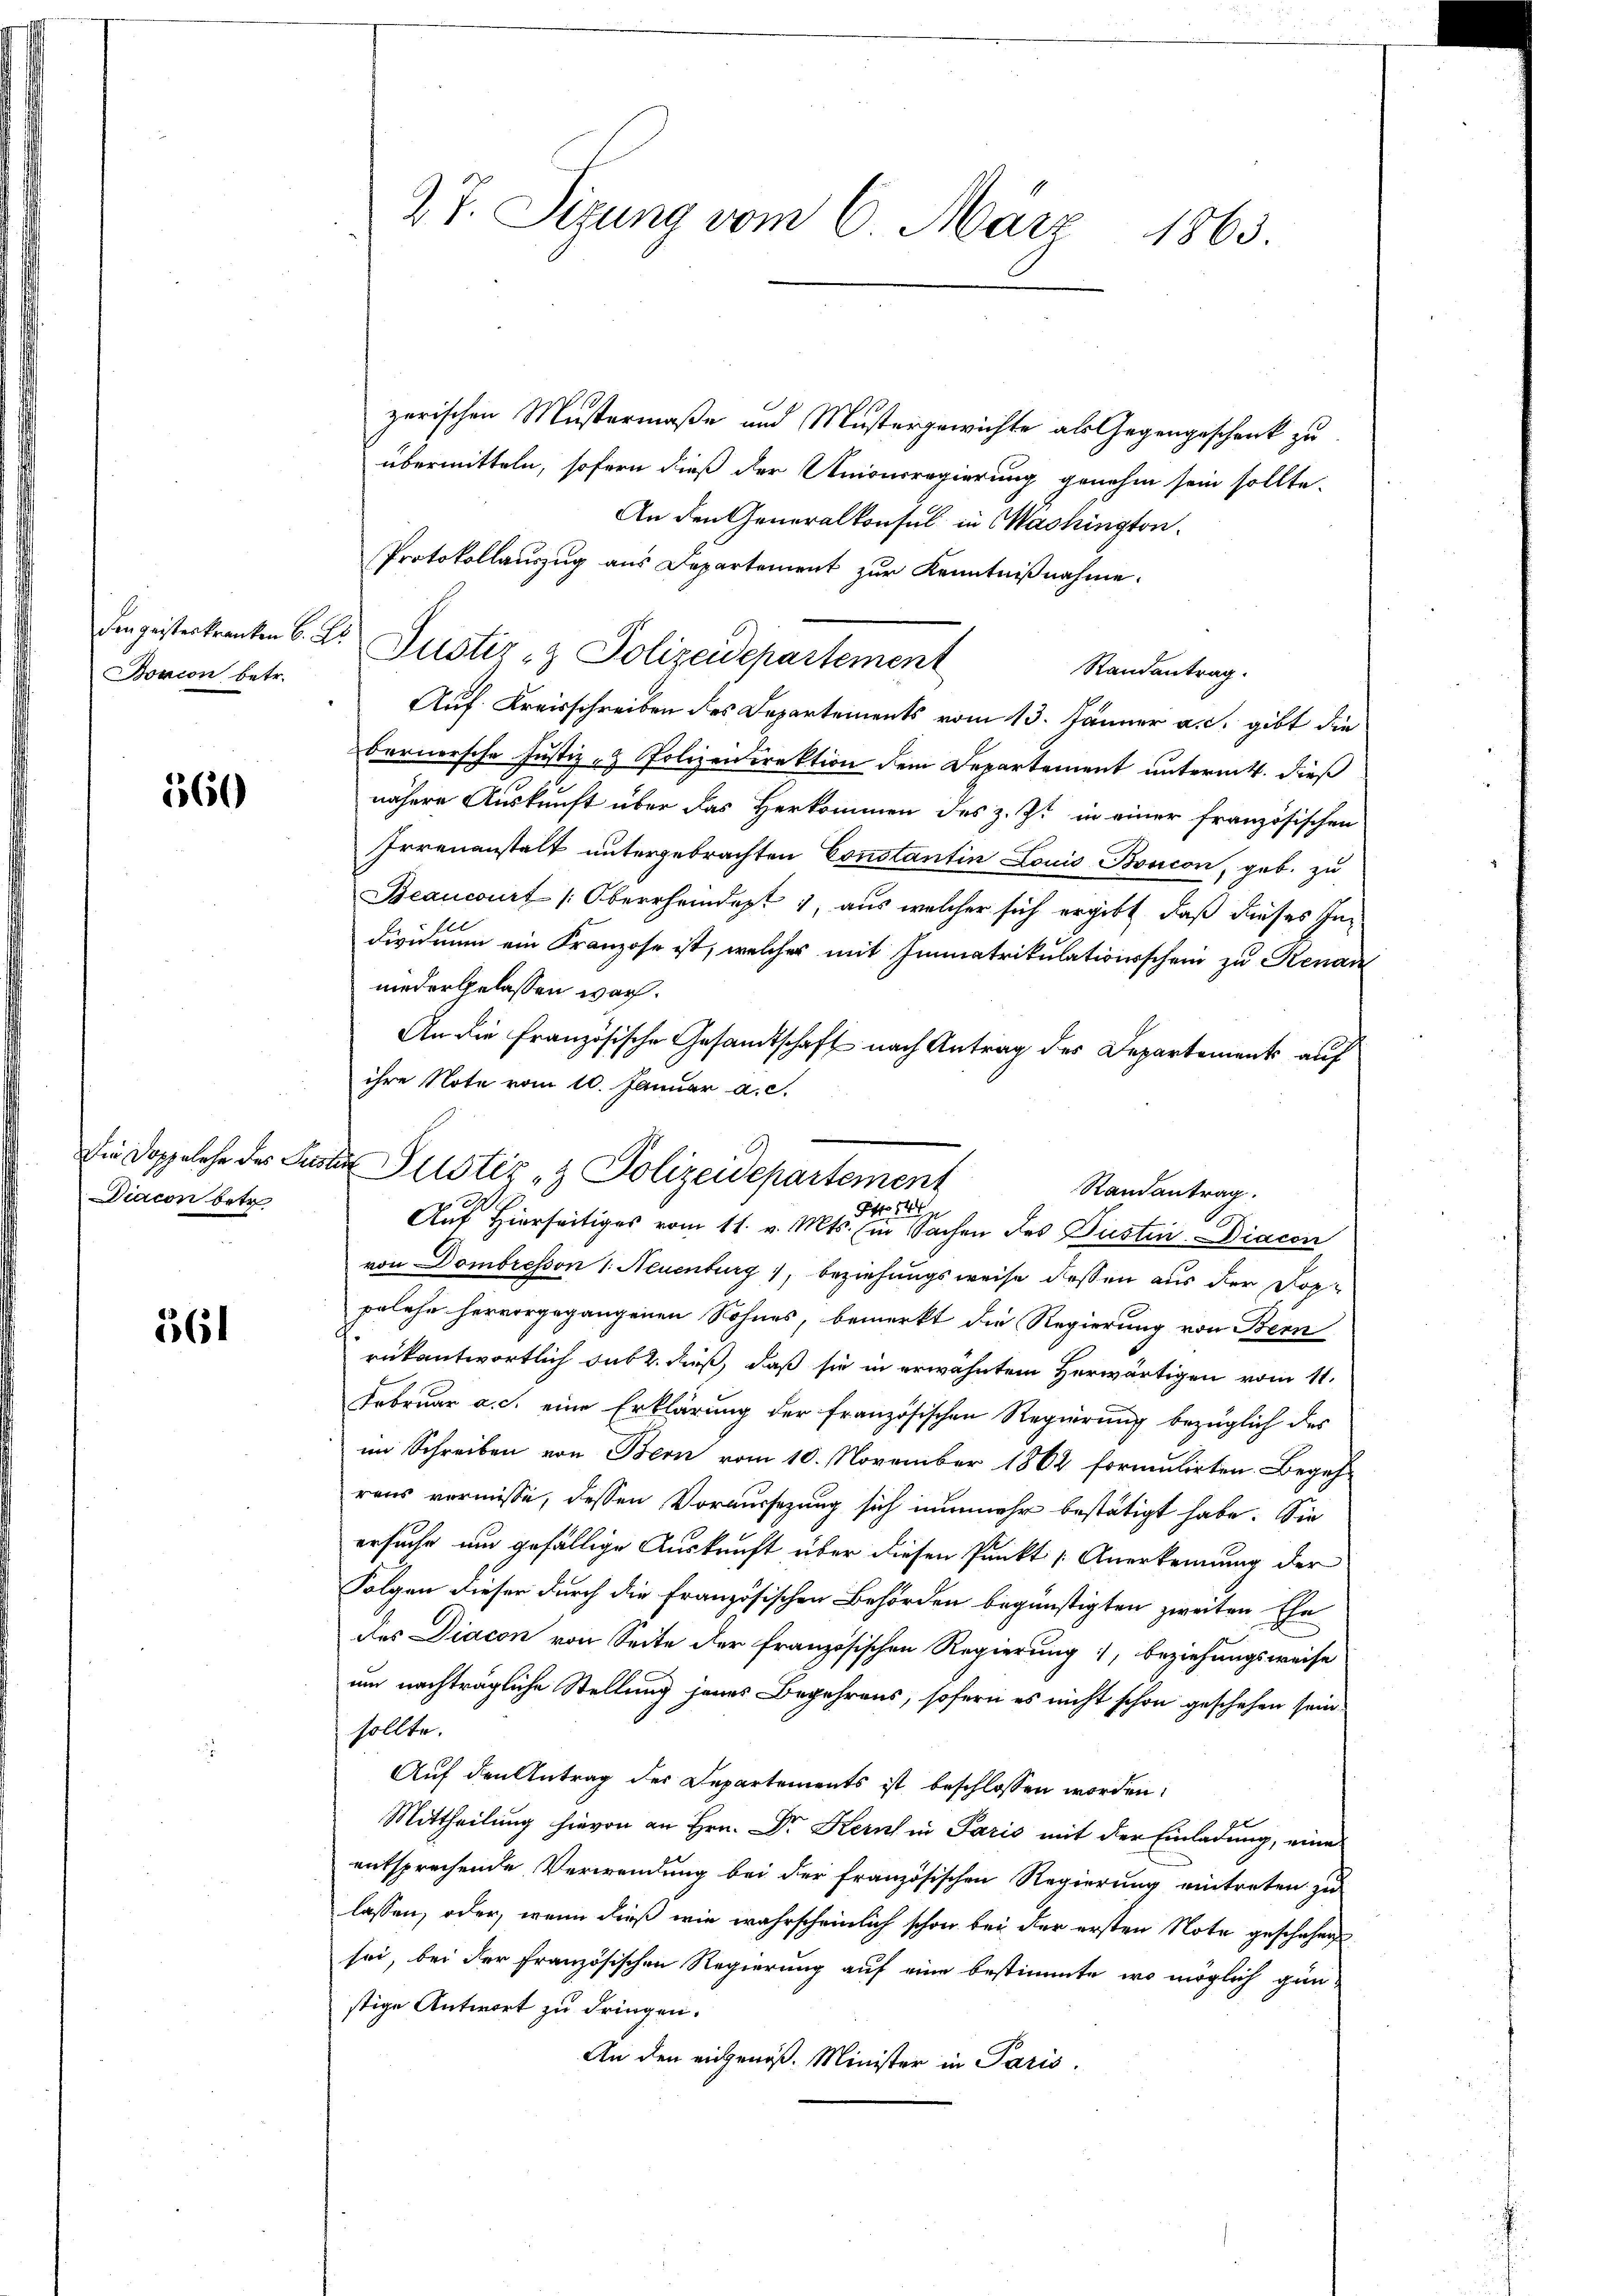
Bonion betr.

560

Diacon betr

561

27. Sizung vom 6. März 1863.

zerischen Mustermaße und Mustergewichte als Gegengeschenk zu
übermitteln, sofern dieß der Unionsregierung genehm sein sollte.
An den Generalkonsul in Washington
Protokollauszug aus Departement zur Kenntnißnahme.
Den geisterkranken 6. Dr Justiz- & Polizeidepartement
Randantrag
Auf Kreisschreiben des Departements vom 13. Jänner a. c. gibt die
Bernersche Justiz- & Polizeidirektion dem Departement unterm 4. dieß
nähere Auskunft über das Herkommen des z. Zt. in einer französischen
Irrenanstalt untergebrachten Constantin Louis Boscon, geb. zu
Beancourt (Oberrhemdept 1, aus welcher sich ergibt, daß dieses Individuum ein Kranzose ist, welcher mit Immatrikulationsschein zu Renan
niedergelassen war.
An die Französische Gesandtschaft nach Antrag des Departements auf
ihre Note vom 10. Januar a. c.
von Dombresson 1. Neuenburg 1, beziehungsweise dessen aus der Doppelehn hervorgegangenen Sohnes, bemerkt die Regierung von Bern
rükantwortlich sub 2. dieß, daß sie in erwähntem Herwärtigen vom 11.
Februar a. c. eine Erklärung der französischen Regierung bezüglich des
im Schreiben von Bern vom 10. November 1864 formulirten. Begeh-
rens vermisse, dessen Voraussezung sich nunmehr bestätigt habe. Sie
ersuche um gefällige Auskunft über diesen Punkt Anerkennung der
Folgen dieser durch die französischen Behörden begünstigten zweiten Ehe
des Diacon von Seite der französischen Regierung, beziehungsweise
um nachträgliche Stellung jenes Begehrens, sofern es nicht schon geschehen sein.
sollte.
Auf den Antrag der Departements ist beschlossen worden:
Mittheilung hievon an Hrn. Dr Kern in Paris mit der Einladung, eine
entsprechende Verwendung bei der französischen Regierung eintreten zu
lassen, oder, wenn dieß wie wahrscheinlich schon bei der ersten Note geschähen
sei, bei der französischen Regierung auf eine bestimmte, wo möglich gin
stige Antwort zu dringen.
An den eidgenöß. Minister in Paris.

Die Doppelche des Suster Justiz & Polizeidepartement
Randantrag.
Otto
Auf Hierseitiges vom 11. v. Mts. in Sachen des Justin Diacon